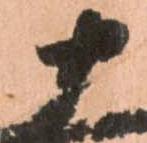
十